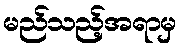
မည်သည့်အရာမှ